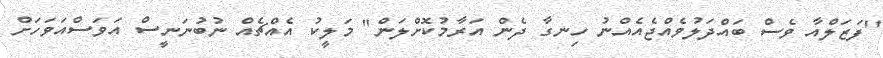
"ފަޒަލްއާ ވެސް ބައްދަލުވެއްޖެއެއްނު ހިނގާ ދެން އަރާމުކޮށްލަން" މަލީކު އެއްޗެއް ނުބުނަނީސް އަވަސްއަވަހަށް